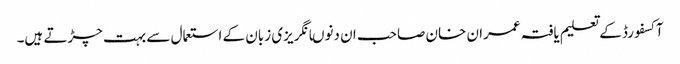
آکسفورڈ کے تعلیم یافتہ عمران خان صاحب ان دنوںانگریزی زبان کے استعمال سے بہت چڑتے ہیں۔